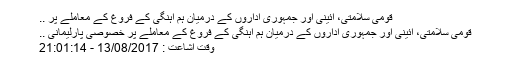
قومی سلامتی، آئینی اور جمہوری اداروں کے درمیان ہم آہنگی کے فروغ کے معاملے پر ..
قومی سلامتی، آئینی اور جمہوری اداروں کے درمیان ہم آہنگی کے فروغ کے معاملے پر خصوصی پارلیمانی ..
وقت اشاعت : 13/08/2017 - 21:01:14